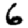
Digit: 6